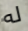
له